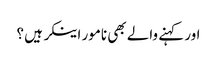
اور کہنے والے بھی نامور اینکر ہیں ؟